Vaccine operations Central Provinces & Berar 1922-1929 - 1922-1929
Year: 1922
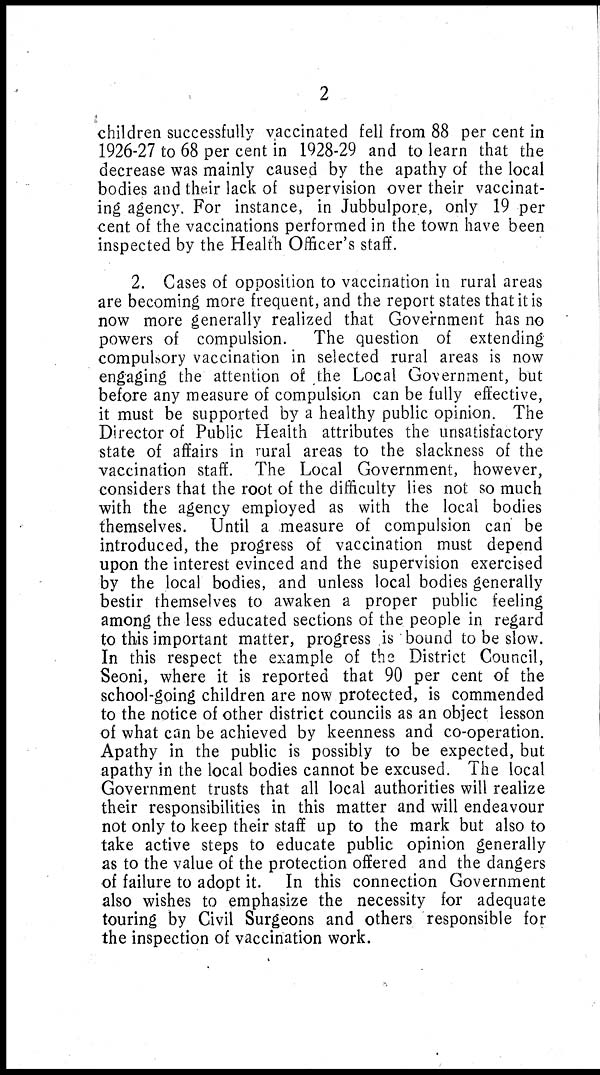
2
children successfully vaccinated fell from 88 per cent in
1926-27 to 68 per cent in 1928-29 and to learn that the
decrease was mainly caused by the apathy of the local
bodies and their lack of supervision over their vaccinat-
ing agency. For instance, in Jubbulpore, only 19 per
cent of the vaccinations performed in the town have been
inspected by the Health Officer's staff.
2. Cases of opposition to vaccination in rural areas
are becoming more frequent, and the report states that it is
now more generally realized that Government has no
powers of compulsion. The question of extending
compulsory vaccination in selected rural areas is now
engaging the attention of the Local Government, but
before any measure of compulsion can be fully effective,
it must be supported by a healthy public opinion. The
Director of Public Health attributes the unsatisfactory
state of affairs in rural areas to the slackness of the
vaccination staff. The Local Government, however,
considers that the root of the difficulty lies not so much
with the agency employed as with the local bodies
themselves. Until a measure of compulsion can be
introduced, the progress of vaccination must depend
upon the interest evinced and the supervision exercised
by the local bodies, and unless local bodies generally
bestir themselves to awaken a proper public feeling
among the less educated sections of the people in regard
to this important matter, progress is bound to be slow.
In this respect the example of the District Council,
Seoni, where it is reported that 90 per cent of the
school-going children are now protected, is commended
to the notice of other district councils as an object lesson
of what can be achieved by keenness and co-operation.
Apathy in the public is possibly to be expected, but
apathy in the local bodies cannot be excused. The local
Government trusts that all local authorities will realize
their responsibilities in this matter and will endeavour
not only to keep their staff up to the mark but also to
take active steps to educate public opinion generally
as to the value of the protection offered and the dangers
of failure to adopt it. In this connection Government
also wishes to emphasize the necessity for adequate
touring by Civil Surgeons and others responsible for
the inspection of vaccination work.